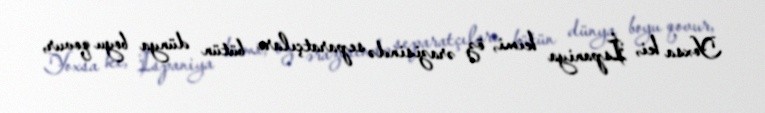
Yoxsa ki, İspaniya kimi, öz ərazisində separatçıları bütün dünya boyu qovur,